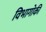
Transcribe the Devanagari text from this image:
विभागोकी